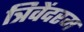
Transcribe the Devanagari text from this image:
त्रिवेंदरम